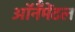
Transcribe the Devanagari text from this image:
ऑर्नॅमेंटल